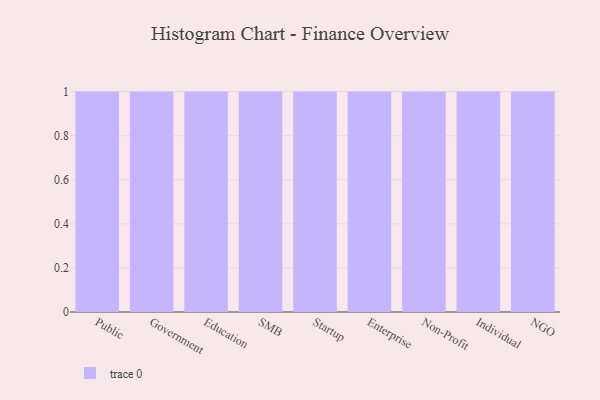
{"axis": {"x": "Segment", "y": "Latency (ms)"}, "legend": [""], "data": [{"x": "Public", "y": 25, "type": ""}, {"x": "Government", "y": 40, "type": ""}, {"x": "Education", "y": 32, "type": ""}, {"x": "SMB", "y": 53, "type": ""}, {"x": "Startup", "y": 72, "type": ""}, {"x": "Enterprise", "y": 67, "type": ""}, {"x": "Non-Profit", "y": 2, "type": ""}, {"x": "Individual", "y": 17, "type": ""}, {"x": "NGO", "y": 45, "type": ""}]}